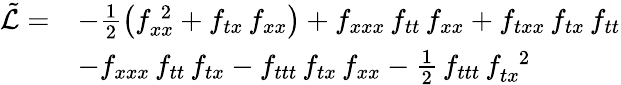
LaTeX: \begin{array}{rl}{{\tilde{{\cal L}}=}}&{{-\frac{1}{2}\left(f_{xx}^{\; 2}+f_{tx}\, f_{xx}\right)+f_{xxx}\, f_{tt}\, f_{xx}+f_{txx}\, f_{tx}\, f_{tt}}}\\ {{}}&{{-f_{xxx}\, f_{tt}\, f_{tx}-f_{ttt}\, f_{tx}\, f_{xx}-\frac{1}{2}\, f_{ttt}\, f_{tx}^{\; \; 2}}}\end{array}